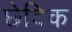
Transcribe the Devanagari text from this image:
छेदिक